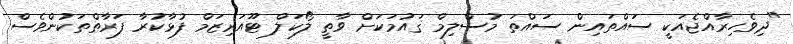
"ދިވެހިރާއްޖެއަކީ ސައްތައިން ސައްތަ މުސްލިމް ޤައުމަކަށް ވާތީ ލޯކަލް ޓޫއަރިޒަމް ފުޅާކުރާ ފަރާތްތަކުންވެސް